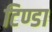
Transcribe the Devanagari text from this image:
टिण्डा